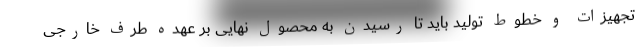
تجهیزات و خطوط تولید باید تا رسیدن به محصول نهایی بر عهده طرف خارجی